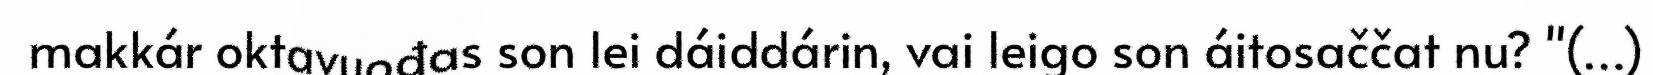
makkár oktavuođas son lei dáiddárin, vai leigo son áitosaččat nu? "(…)